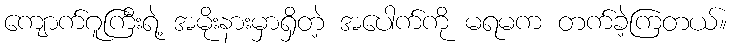
ကျောက်ဂူကြီးရဲ့ အမိုးနားမှာရှိတဲ့ အပေါက်ကို မရမက တက်ခဲ့ကြတယ်။